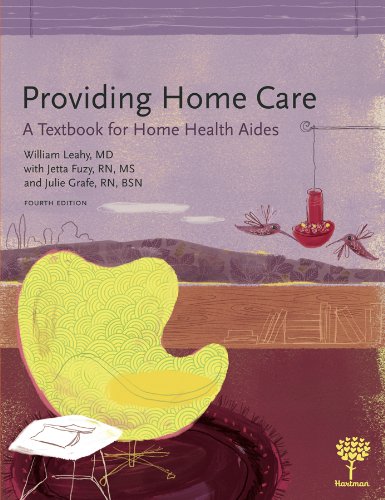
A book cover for Providing Home Care: A Textbook for Home Health Aides, 4e; William Leahy MD; Medical Books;